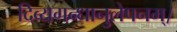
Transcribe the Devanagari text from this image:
दिव्यगन्धानुलेपनम्‌।